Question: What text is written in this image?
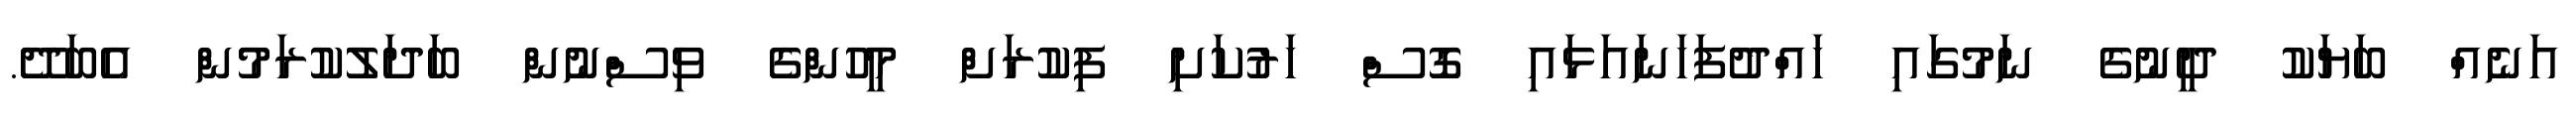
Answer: އަނެއް ބަޔަކު ދީނުގެ ނަމުގައި ހައްދުފަހަނައަޅައި ގޮސް ހަރުކަށި ފިކުރަށް މީހުންގެ ވިސްނުން ބަދަލުކުރަމުން އެބަދޭ.